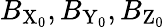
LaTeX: B_{\mathrm{X}_{0}},B_{\mathrm{Y}_{0}},B_{\mathrm{Z}_{0}}